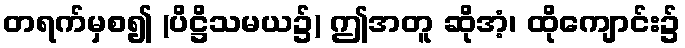
တရက်မှစ၍ (ပိဋ္ဌိသမယ၌) ဤအတူ ဆိုအံ့၊ ထိုကျောင်း၌